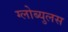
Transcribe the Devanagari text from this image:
ग्लोब्युलस